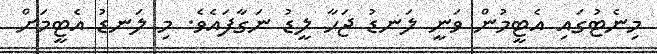
މިނެޓުގައި އެޓީމުން ވަނީ ލަނޑު ޖަހާ ލީޑު ނަގާފައެވެ. މި ލަނޑު އެޓީމަށް